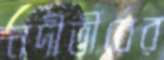
নদীতীরের